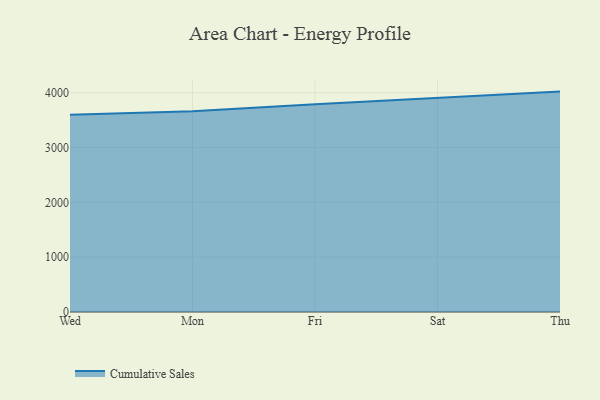
{"axis": {"x": "Day", "y": "Conversion Rate (%)"}, "legend": ["Cumulative Sales"], "data": [{"x": "Wed", "y": 3599.9, "type": "Cumulative Sales"}, {"x": "Mon", "y": 3664.7, "type": "Cumulative Sales"}, {"x": "Fri", "y": 3789.8, "type": "Cumulative Sales"}, {"x": "Sat", "y": 3901.2, "type": "Cumulative Sales"}, {"x": "Thu", "y": 4021.7, "type": "Cumulative Sales"}]}